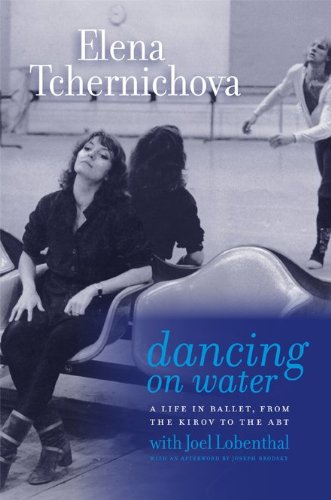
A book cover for Dancing on Water: A Life in Ballet, from the Kirov to the ABT; Elena Tchernichova; Biographies & Memoirs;